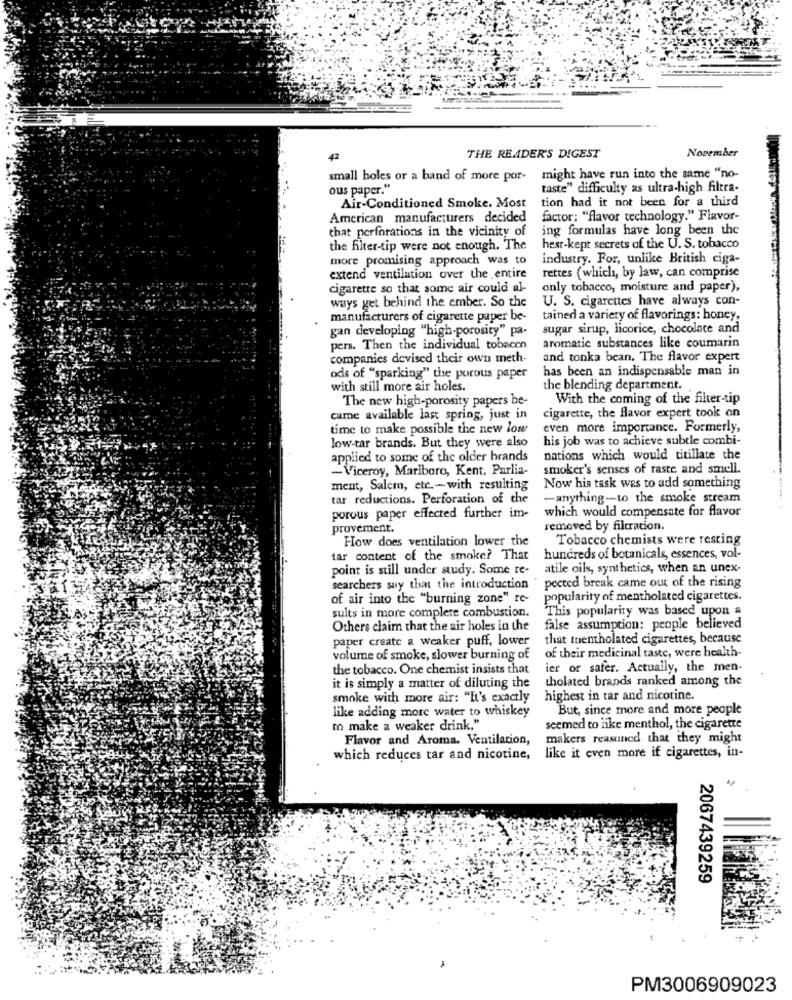
November
42
THE READER'S DIGEST
small holes or a band of more por-
might have run into the same "no-
ous paper."
taste" difficulty as ultra-high filtra-
tion had it not been for a third
Air-Conditioned Smoke. Most
American manufacturers decided
factor: "flavor technology." Flavor-
that perforations in the vicinity of
ing formulas have long been the
the filter-tip were not enough. The
hear-kept secrets of the U. S. tobacco
more promising approach was to
industry. For, unlike British ciga-
rettes ( which, by law, can comprise
extend ventilation over the entire
cigarette so that some air could al-
only tobacco, moisture and paper),
U. S. cigarettes have always con-
ways get behind the ember. So the
manufacturers of cigarette paper be-
tained a variety of flavorings: honey,
gan developing "high-porosity" pa-
sugar sirup, licorice, chocolate and
pers. Then the individual tobacen
aromatic substances like coumarin
companies devised their own meth-
and tonka bean. The flavor expert
has been an indispensable man in
ods of "sparking" the porous paper
with still more air holes.
the blending department.
The new high-porosity papers be-
With the coming of the filter-tip
came available last spring, just in
cigarette, the flavor expert took on
time to make possible the new low
even more importance. Formerly,
his job was to achieve subtle combi-
low-tar brands. But they were also
applied to some of the older brands
nations which would titillate the
-Viceroy, Marlboro, Kent, Parlia-
smoker's senses of raste and smell.
ment, Salcm, etc .- with resulting
Now his task was to add something
tar reductions. Perforation of the
-anything-to the smoke stream
which would compensate for flavor
porous paper effected further im-
provement.
removed by filtration.
How does ventilation lower the
Tobacco chemists were resting
tar content of the smoke? That
hundreds of botanicals, essences, vol-
point is still under study. Some re-
atile oils, synthetics, when an unex-
searchers suy that the introduction
pected break came out of the rising
of air into the "burning zone" re-
popularity of mentholated cigarettes.
sults in more complete combustion.
This popularity was based upon a
Others claim that the air holes in the
false assumption: people believed
paper create a weaker puff, lower
that mentholated cigarettes, because
volume of smoke, slower burning of
of their medicinal taste, were health-
the tobacco. One chemist insists that
ier or safer. Actually, the men-
tholated brands ranked among the
it is simply a matter of diluting the
smoke with more air: "It's exactly
highest in tar and nicotine.
But, since more and more people
like adding more water to whiskey
to make a weaker drink."
seemed to like menthol, the cigarette
Flavor and Aroma. Ventilation,
makers reasoned that they might
which reduces tar and nicotine,
like it even more if cigarettes, in-
2067439259
PM3006909023